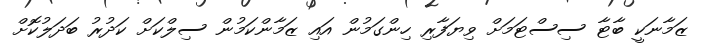
ޒަމާނަކީ ބާޓާ ސިސްޓަމަށް ވިޔަފާރި ހިންގަމުން އައި ޒަމާންކަމުން ސިލްކަށް ކަދުރު ބަދަލުކޮށް